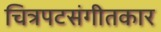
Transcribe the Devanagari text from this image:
चित्रपटसंगीतकार